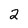
Character: 2